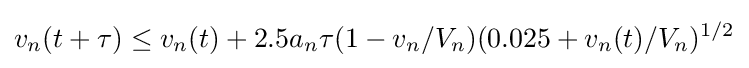
v_{n}(t+\tau )\leq v_{n}(t)+2.5a_{n}\tau (1-v_{n}/V_{n})(0.025+v_{n}(t)/V_{n})^{1/2}